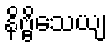
နိဗ္ဗိသေယျ